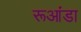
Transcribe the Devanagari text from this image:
रूआंडा